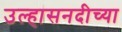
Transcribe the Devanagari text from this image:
उल्हासनदीच्या